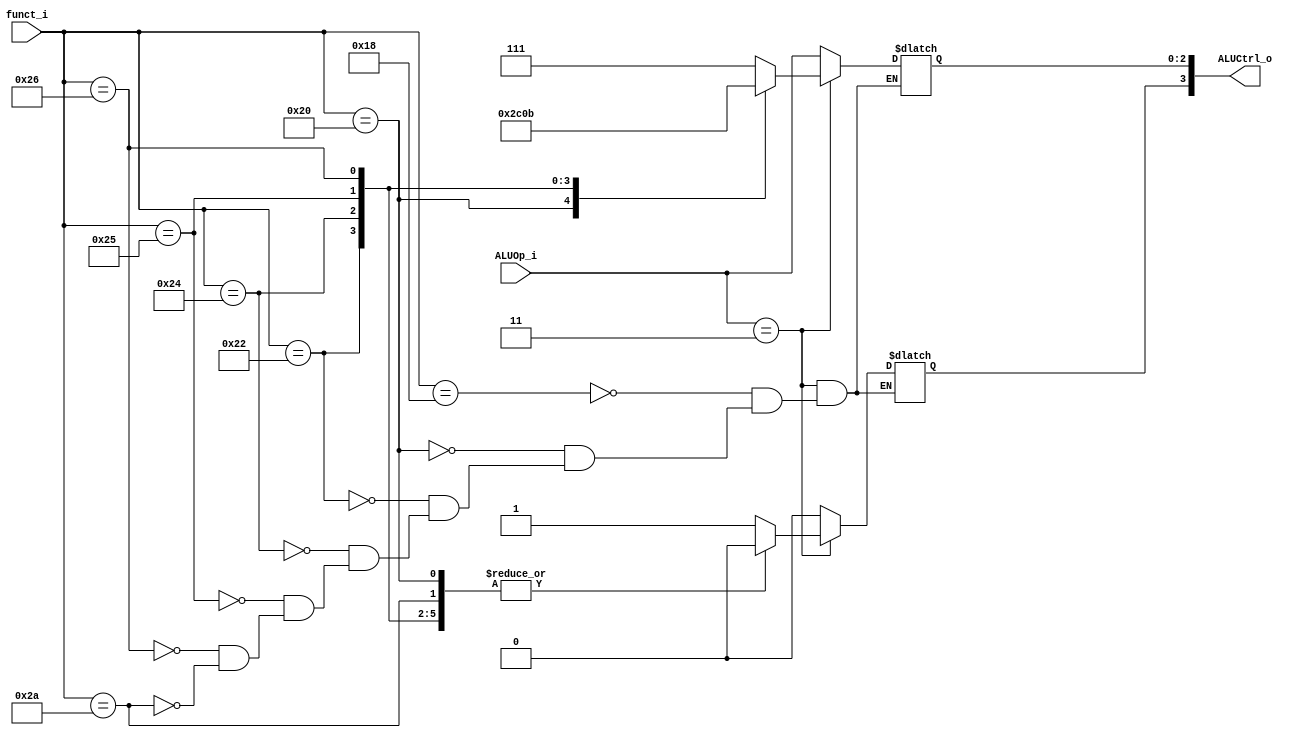
//Subject:     CO project 2 - ALU Controller
//--------------------------------------------------------------------------------
//Version:     1
//--------------------------------------------------------------------------------
//Writer:      110550029
//----------------------------------------------
//Date:        
//----------------------------------------------
//Description: 
//--------------------------------------------------------------------------------
`timescale 1ns/1ps
module ALU_Ctrl(
          funct_i,
          ALUOp_i,
          ALUCtrl_o
          );
          
//I/O ports 
input      [6-1:0] funct_i;
input      [3-1:0] ALUOp_i;

output     [4-1:0] ALUCtrl_o;    
     
//Internal Signals
reg        [4-1:0] ALUCtrl_o;

//Parameter
parameter R=3'b011;
       
//Select exact operation
always @(funct_i, ALUOp_i) begin
	if(ALUOp_i==R) begin
		case(funct_i)
			24: ALUCtrl_o<=4'b1111; //mult
			32: ALUCtrl_o<=4'b0010; //add
			34: ALUCtrl_o<=4'b0110; //sub
			36: ALUCtrl_o<=4'b0000; //AND
			37: ALUCtrl_o<=4'b0001; //OR
			38: ALUCtrl_o<=4'b0011; //XOR
			42: ALUCtrl_o<=4'b0111; //slt
		endcase
	end
	else begin
		ALUCtrl_o[2:0]<=ALUOp_i;
		ALUCtrl_o[3]=1'b0;
	end
end

endmodule